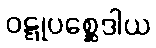
ဝဋ္ဋုပစ္ဆေဒါယ